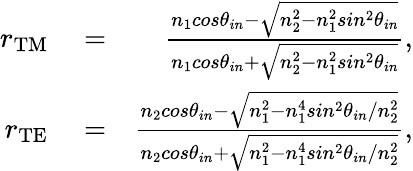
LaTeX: \begin{array}{rlr}{r_{\mathrm{TM}}}&{{}=}&{\frac{n_{1}cos\theta_{in}-\sqrt{n_{2}^{2}-n_{1}^{2}sin^{2}\theta_{in}}}{n_{1}cos\theta_{in}+\sqrt{n_{2}^{2}-n_{1}^{2}sin^{2}\theta_{in}}},}\\ {r_{\mathrm{TE}}}&{{}=}&{\frac{n_{2}cos\theta_{in}-\sqrt{n_{1}^{2}-n_{1}^{4}sin^{2}\theta_{in}/n_{2}^{2}}}{n_{2}cos\theta_{in}+\sqrt{n_{1}^{2}-n_{1}^{4}sin^{2}\theta_{in}/n_{2}^{2}}},}\end{array}